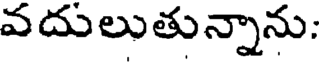
వదులుతున్నాను: